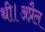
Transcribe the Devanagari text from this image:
थी।अप्रैल